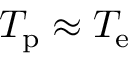
T _ { \mathrm { p } } \approx T _ { \mathrm { e } }